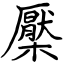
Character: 檿